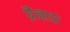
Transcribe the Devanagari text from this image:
ग्रैनाडा